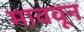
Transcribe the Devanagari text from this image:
माववून